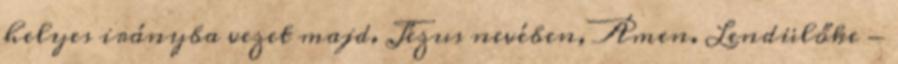
helyes irányba vezet majd. Jézus nevében, Ámen. Lendülőke -